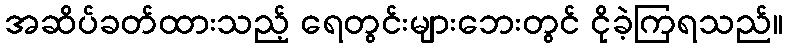
အဆိပ်ခတ်ထားသည့် ရေတွင်းများဘေးတွင် ငိုခဲ့ကြရသည်။